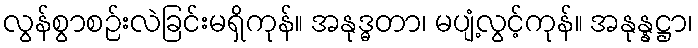
လွန်စွာစဉ်းလဲခြင်းမရှိကုန်။ အနုဒ္ဓတာ၊ မပျံ့လွင့်ကုန်။ အနုန္နဋ္ဌာ၊